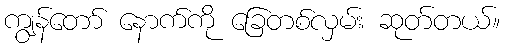
ကျွန်တော် နောက်ကို ခြေတစ်လှမ်း ဆုတ်တယ်။